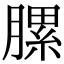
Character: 䐯